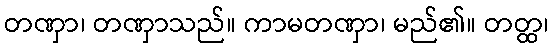
တဏှာ၊ တဏှာသည်။ ကာမတဏှာ၊ မည်၏။ တတ္ထ၊